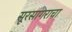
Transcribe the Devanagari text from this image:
सूरसागराचा